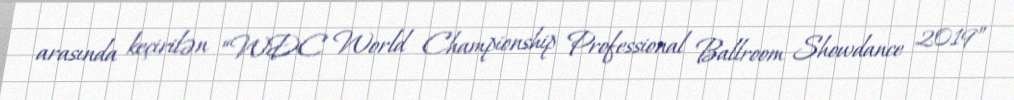
arasında keçirilən “WDC World Championship Professional Ballroom Showdance 2019”